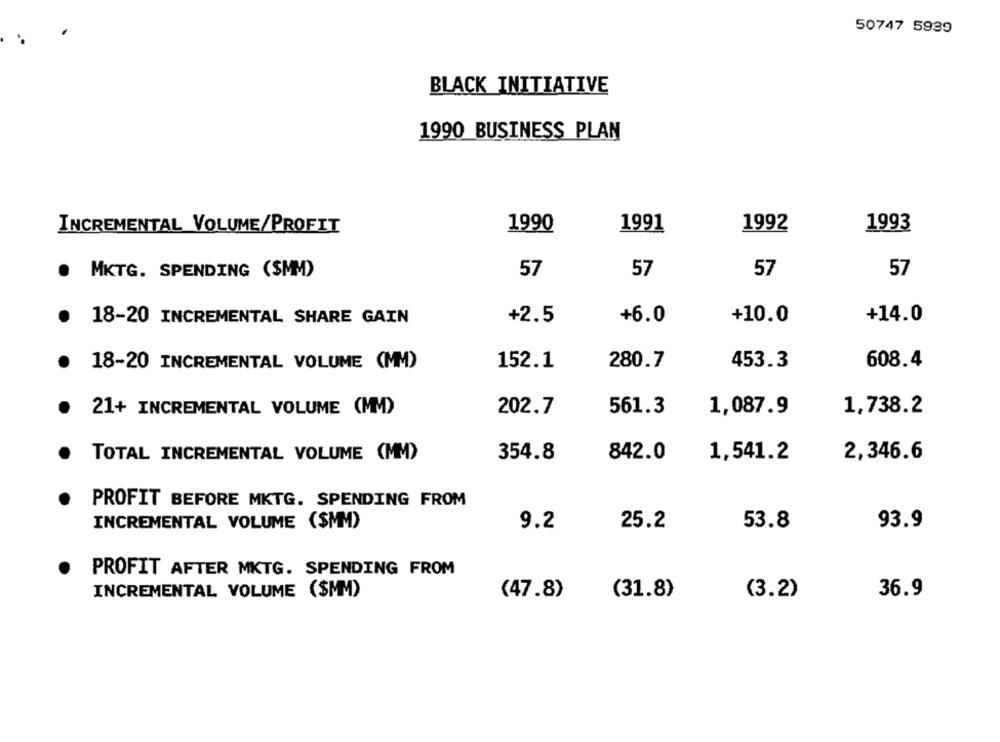
50747 5939
BLACK INITIATIVE
1990 BUSINESS PLAN
INCREMENTAL VOLUME/PROFIT
1990
1991
1992
1993
MKTG. SPENDING (SMM)
57
57
57
57
+2.5
+6.0
+10.0
+14.0
18-20 INCREMENTAL SHARE GAIN
453.3
608.4
18-20 INCREMENTAL VOLUME (MM)
152.1
280.7
21+ INCREMENTAL VOLUME (MM)
202.7
561.3
1,087.9
1,738.2
TOTAL INCREMENTAL VOLUME (MM)
354.8
842.0
1,541.2
2,346.6
PROFIT BEFORE MKTG. SPENDING FROM
INCREMENTAL VOLUME ($MM)
9.2
25.2
53.8
93.9
PROFIT AFTER MKTG. SPENDING FROM
INCREMENTAL VOLUME ($MM)
(31.8)
(3.2)
36.9
(47.8)